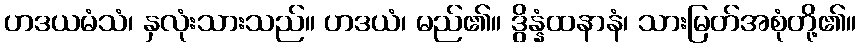
ဟဒယမံသံ၊ နှလုံးသားသည်။ ဟဒယံ၊ မည်၏။ ဒွိန္နံထနာနံ၊ သားမြတ်အစုံတို့၏။